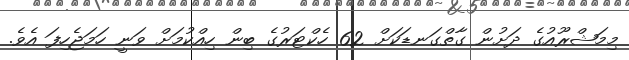
މިމަޝްރޫއުގެ ދަށުން ގާތްގަނޑަކަށް 62 ހެކްޓަރުގެ ބިން ހިއްކުމަށް ވަނީ ހަމަޖެހިފަ އެވެ.